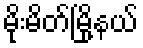
မိုးမိတ်မြို့နယ်